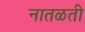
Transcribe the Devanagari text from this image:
नातळती